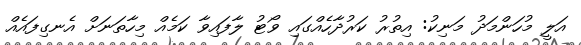
އަލީ މުހަންމަދު މަނިކު: އިތުރު ކަރުދާހެއްގައި ވޯޓު ލާފައިވާ ކަމެއް މިހާތަނަށް އެނގިފައެއް